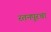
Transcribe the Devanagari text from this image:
रतनपूरचा